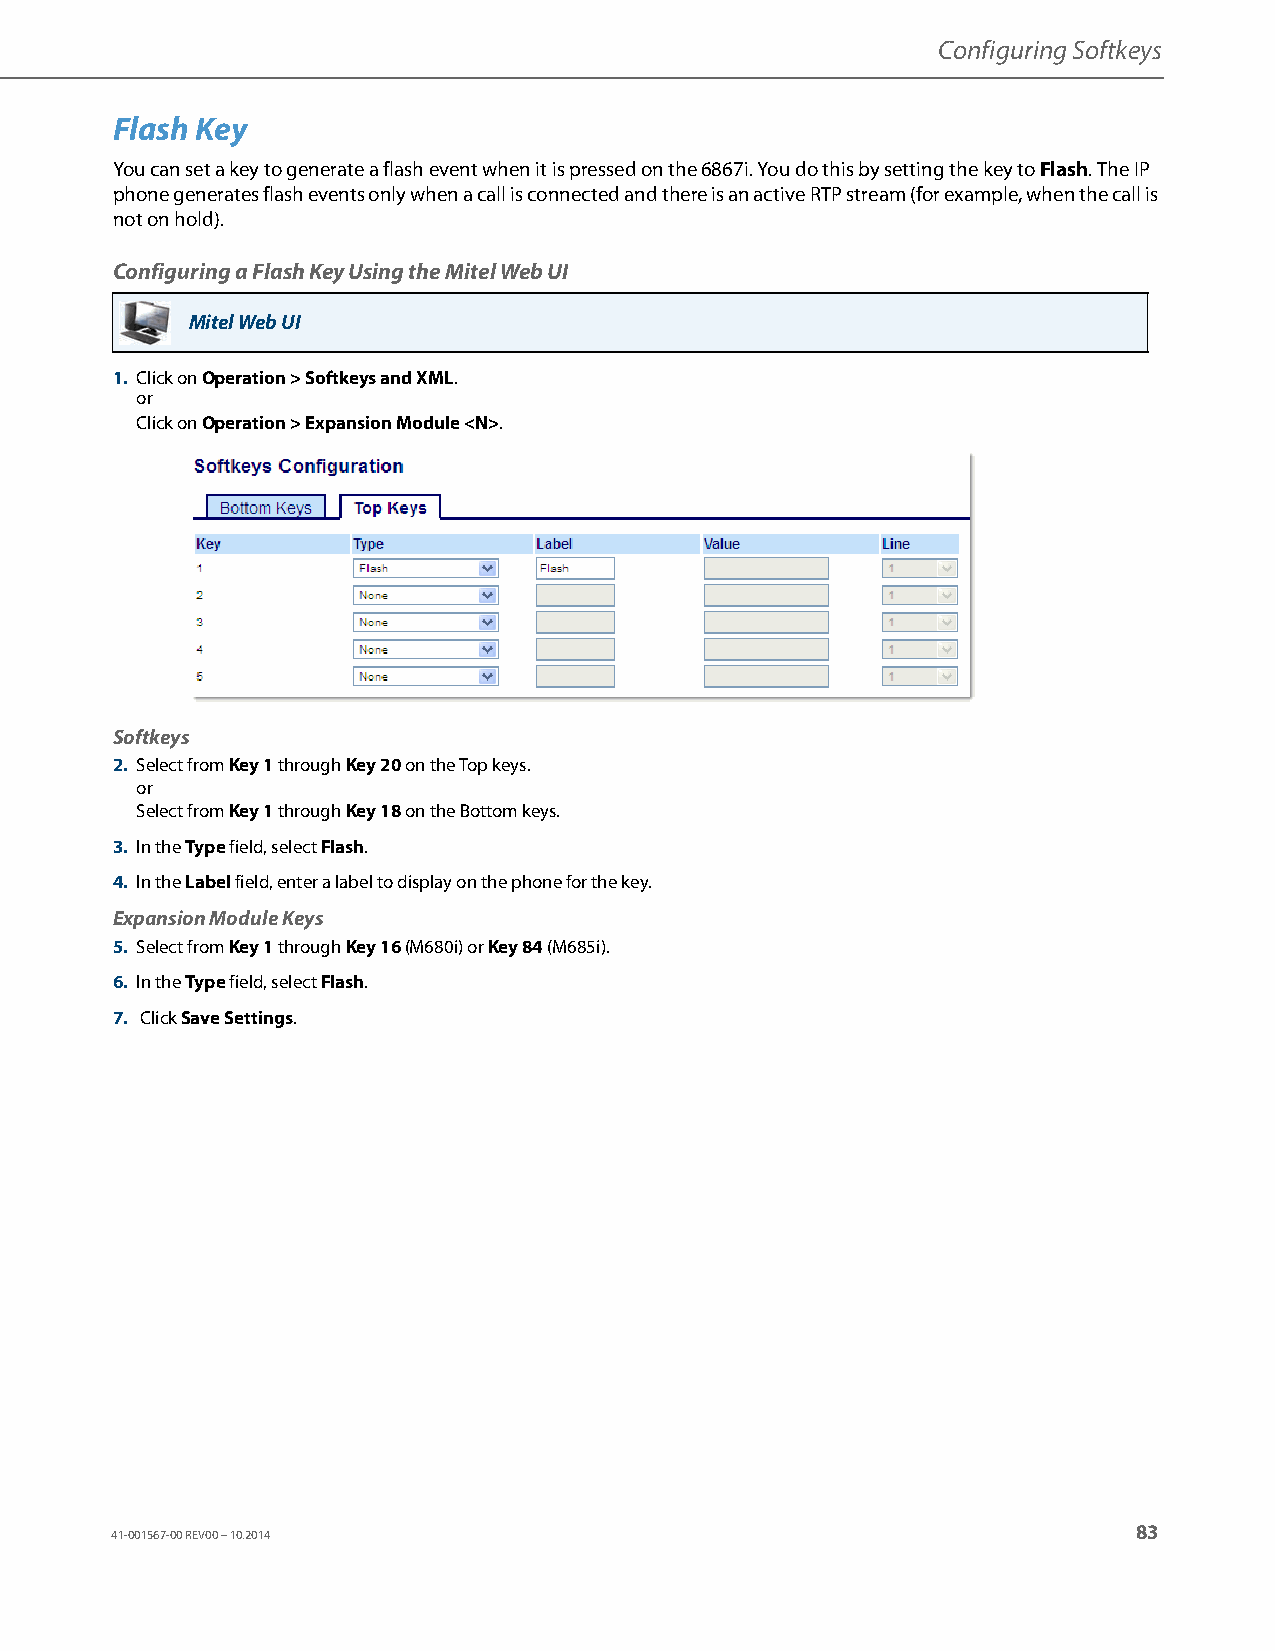
Configuring Softkeys
 Flash Key
 You can set a key to generate a flash event when it is pressed on the 6867i. You do this by setting the key to Flash. The IP
 phone generates flash events only when a call is connected and there is an active RTP stream (for example, when the call is
 not on hold).
 Configuring a Flash Key Using the Mitel Web UI
 Mitel Web UI
 1. Click on Operation > Softkeys and XML.
 or
 Click on Operation > Expansion Module <N>.
 Softkeys
 2. Select from Key 1 through Key 20 on the Top keys.
 or
 Select from Key 1 through Key 18 on the Bottom keys.
 3. In the Type field, select Flash.
 4. In the Label field, enter a label to display on the phone for the key.
 Expansion Module Keys
 5. Select from Key 1 through Key 16 (M680i) or Key 84 (M685i).
 6. In the Type field, select Flash.
 7. Click Save Settings.
 83
 41-001567-00 REV00 – 10.2014